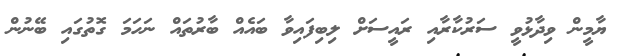
ޔާމީން ވިދާޅުވީ ސަރުކާރާއި ރައީސަށް ލިބިފައިވާ ބައެއް ބާރުތައް ނަހަމަ ގޮތުގައި ބޭނުން